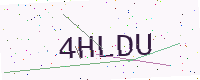
Text: 4HLDU